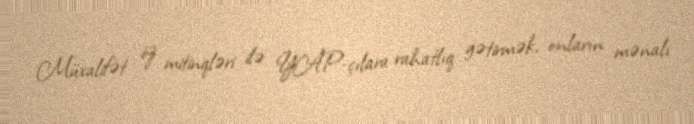
Müxalifət öz mitinqləri ilə YAP-çılara rahatlıq gətirmək, onların mənalı